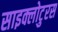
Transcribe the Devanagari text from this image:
साइक्लोटुरस